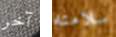
آخر سلامته